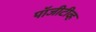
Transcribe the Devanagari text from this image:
पॉजीटीव्ह